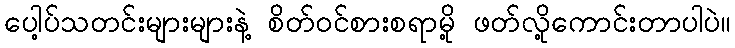
ပေါ့ပ်သတင်းများများနဲ့ စိတ်ဝင်စားစရာမို့ ဖတ်လို့ကောင်းတာပါပဲ။